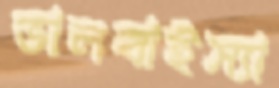
ভালবাইস্যা